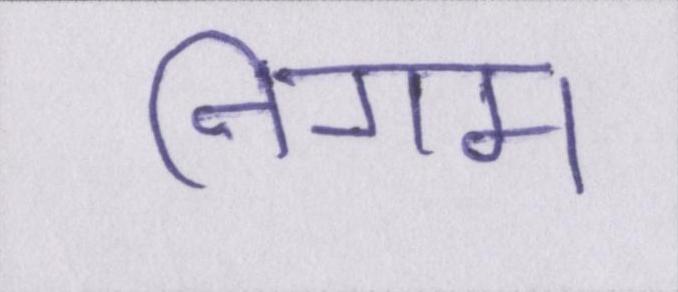
निगम